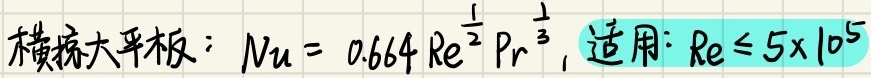
横掠大平板：\(Nu = 0.664 Re^{\frac{1}{2}} Pr^{\frac{1}{3}}\)，适用：\(Re \leq 5\times10^{5}\)